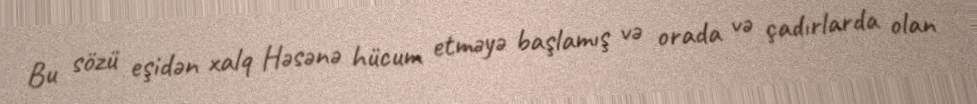
Bu sözü eşidən xalq Həsənə hücum etməyə başlamış və orada və çadırlarda olan